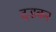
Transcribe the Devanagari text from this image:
दडकर